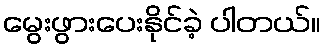
မွေးဖွားပေးနိုင်ခဲ့ ပါတယ်။